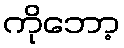
ကိုဘော့